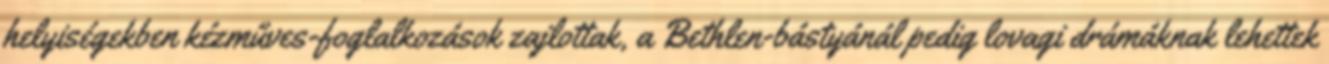
helyiségekben kézműves-foglalkozások zajlottak, a Bethlen-bástyánál pedig lovagi drámáknak lehettek